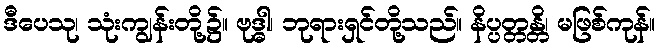
ဒီပေသု၊ သုံးကျွန်းတို့၌။ ဗုဒ္ဓါ၊ ဘုရားရှင်တို့သည်။ နိပ္ပတ္တန္တိ၊ မဖြစ်ကုန်။